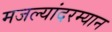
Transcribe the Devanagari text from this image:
मजल्यांदरम्यान